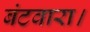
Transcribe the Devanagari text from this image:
बंटवारा।